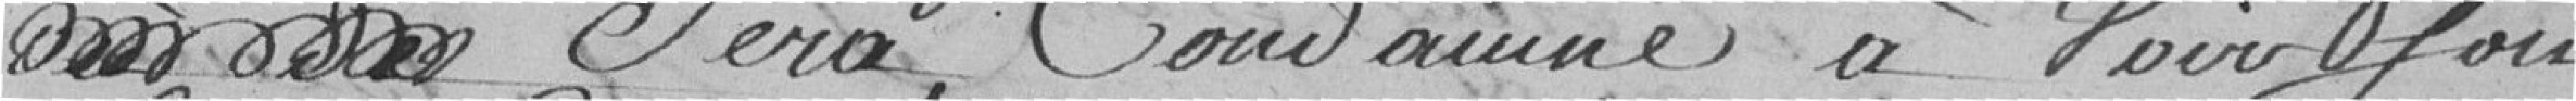
sera condamné à voir son